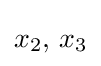
x_{2},\,x_{3}